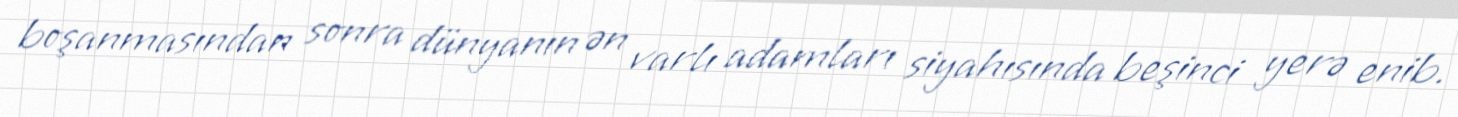
boşanmasından sonra dünyanın ən varlı adamları siyahısında beşinci yerə enib.